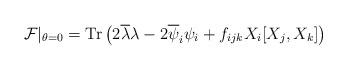
LaTeX: \begin{align*}{\cal F}\vert_{\theta=0} = {\rm Tr} \left(2 \overline{\lambda}\lambda - 2 \overline{\psi}_i \psi_i + f_{ijk} X_i [X_j,X_k] \right)\end{align*}